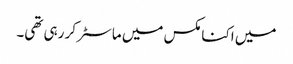
میں اکنامکس میں ماسٹر کر رہی تھی۔